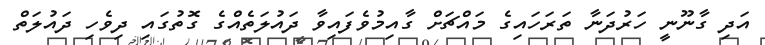
އަދި ގާނޫނީ ހަރުދަނާ ތަރަހައިގެ މައްޗަށް ގާއިމުވެފައިވާ ދައުލަތެއްގެ ގޮތުގައި ދިވެހި ދައުލަތް